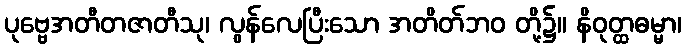
ပုဗ္ဗေအတီတဇာတီသု၊ လွန်လေပြီးသော အတိတ်ဘဝ တို့၌။ နိဝုတ္ထဓမ္မာ၊